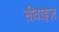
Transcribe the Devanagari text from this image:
सीवाइज़